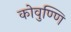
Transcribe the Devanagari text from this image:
कोवुण्णि